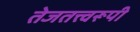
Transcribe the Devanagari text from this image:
तेजतत्त्वरूपी